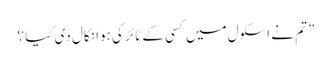
” تم نے اسکول میں کسی کے ٹائر کی ہوا نکال دی کیا ؟